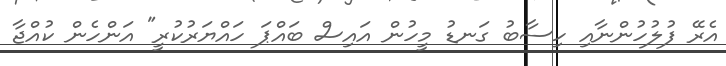
އެރޭ ފުލުހުންނާއި ހިސާބު ގަނޑު މީހުން އައިސް ބައްޕަ ހައްޔަރުކުރީ" އަންހެން ކުއްޖާ